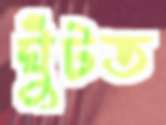
ঘুঁটত